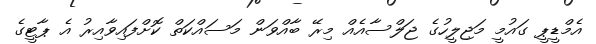
އެމްޑީޕީ ގައުމީ މަޖިލީހުގެ ޖަލްސާއެއް މިރޭ ބާއްވަން މަސައްކަތް ކޮށްފައިވާއިރު އެ ޕާޓީގެ